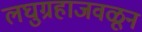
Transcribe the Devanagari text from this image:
लघुग्रहाजवळून